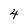
Character: 4